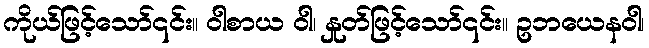
ကိုယ်ဖြင့်သော်၎င်း။ ဝါစာယ ဝါ၊ နှုတ်ဖြင့်သော်၎င်း။ ဥဘယေနဝါ၊